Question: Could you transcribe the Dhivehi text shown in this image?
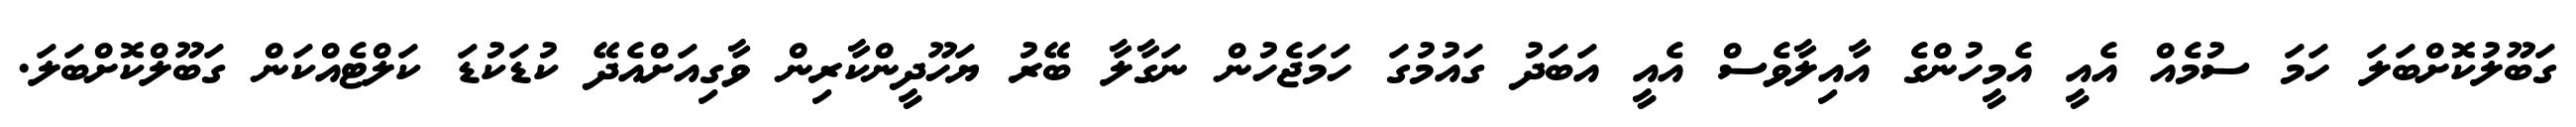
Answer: ގަބޫލުކޮށްބަލަ ހަމަ ސުމެއް އެއީ އެމީހުންގެ އާއިލާވެސް އެއީ އަބަދު ގައުމުގަ ހަމަޖެހުން ނަގާލާ ބޭރު ޔަހޫދީންކާރިން ވާގިއަށްއެދޭ ކުޑަކުޑަ ކަލްޓެއްކަން ގަބޫލްކޮށްބަލަ.